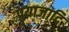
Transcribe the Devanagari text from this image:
प्रयाजादि